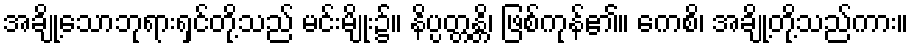
အချို့သောဘုရားရှင်တို့သည် မင်းမျိုး၌။ နိပ္ပတ္တန္တိ၊ ဖြစ်ကုန်၏။ ကေစိ၊ အချို့တို့သည်ကား။